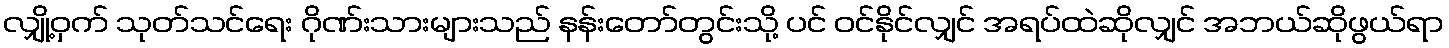
လျှို့ဝှက် သုတ်သင်ရေး ဂိုဏ်းသားများသည် နန်းတော်တွင်းသို့ ပင် ဝင်နိုင်လျှင် အရပ်ထဲဆိုလျှင် အဘယ်ဆိုဖွယ်ရာ